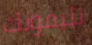
تليفونك